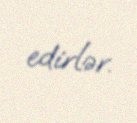
edirlər.